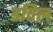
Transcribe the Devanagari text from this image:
डविल